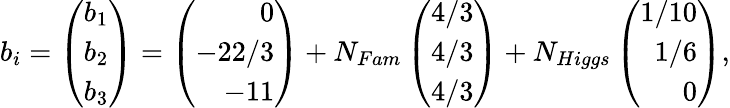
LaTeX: b_{i}=\left(\begin{array}{r}{{b_{1}}}\\ {{b_{2}}}\\ {{b_{3}}}\end{array}\right)=\left(\begin{array}{r}{{0}}\\ {{-22/3}}\\ {{-11}}\end{array}\right)+N_{Fam}\left(\begin{array}{r}{{4/3}}\\ {{4/3}}\\ {{4/3}}\end{array}\right)+N_{Higgs}\left(\begin{array}{r}{{1/10}}\\ {{1/6}}\\ {{0}}\end{array}\right),